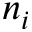
n _ { i }